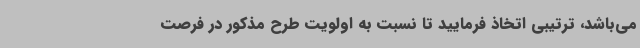
می‌باشد، ترتیبی اتخاذ فرمایید تا نسبت به اولویت طرح مذکور در فرصت